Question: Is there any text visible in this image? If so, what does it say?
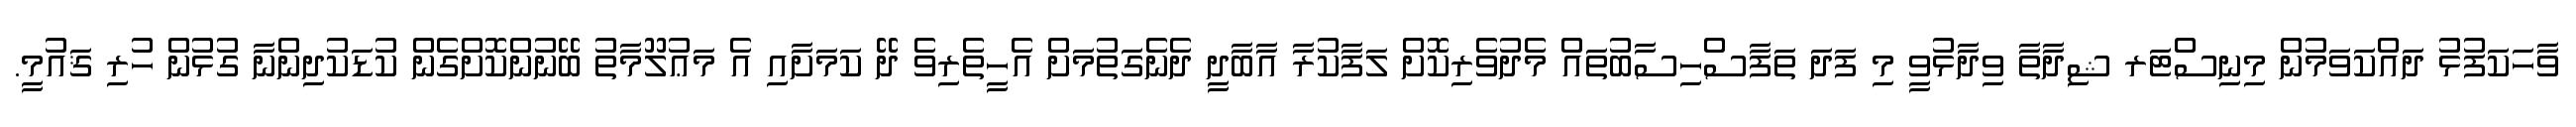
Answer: ވާހަކަފުޅު ދައްކަވަމުން މިނިސްޓަރ ޝިދާތާ ވިދާޅުވީ މި ފަދަ ތަފާސްހިސާބުތައް މެދުވެރިކޮށް ލަފާކުރާ އާބާދީ ދެނެގަތުމަށް އެހީތެރިވެ ދޭ ކަމަށާއި އެ މަޢުލޫމާތު ބޭނުންކޮށްގެން ކުޑަކުދިންނާ ގުޅުން ހުރި ޤައުމީ.